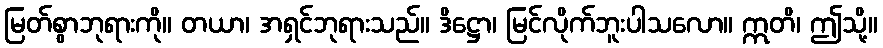
မြတ်စွာဘုရားကို။ တယာ၊ အရှင်ဘုရားသည်။ ဒိဋ္ဌော၊ မြင်လိုက်ဘူးပါသလော။ ဣတိ၊ ဤသို့။